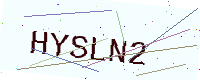
Text: HYSLN2